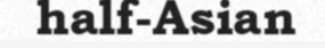
half-Asian